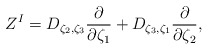
\begin{align*} Z^I=D_{\zeta_2,\zeta_3}\frac{\partial}{\partial\zeta_1}+D_{\zeta_3,\zeta_1}\frac{\partial}{\partial\zeta_2}, \end{align*}